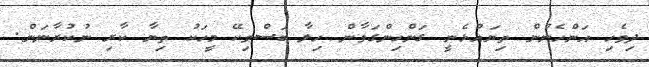
ދިވެހި އަންހެނުން ތިޔައުޅެނީ ގަންހިންގަވާން ހިލާ ބަސްވިކޭ މީހަކު ތިޔާ ކާރި ނުކުރާނަން.